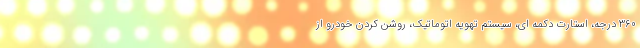
۳۶۰ درجه، استارت دکمه ای، سیستم تهویه اتوماتیک، روشن کردن خودرو از